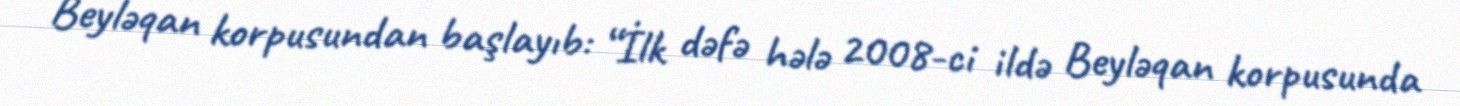
Beyləqan korpusundan başlayıb: “İlk dəfə hələ 2008-ci ildə Beyləqan korpusunda